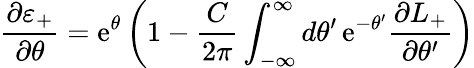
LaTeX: \frac{\partial\varepsilon_{+}}{\partial\theta}=\mathrm{e}^{\theta}\left(1-\frac{C}{2\pi}\int_{-\infty}^{\infty}d\theta^{\prime}\, \mathrm{e}^{-\theta^{\prime}}\frac{\partial L_{+}}{\partial\theta^{\prime}}\right)